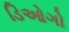
ડિઓગો